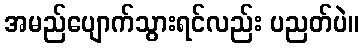
အမည်ပျောက်သွားရင်လည်း ပညတ်ပဲ။